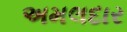
અમલદાર